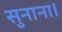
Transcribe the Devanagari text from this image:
सुनाना।